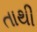
તાથી